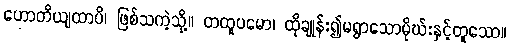
ဟောတိယျထာပိ၊ ဖြစ်သကဲ့သို့။ တထူပမော၊ ထိုချုန်း၍မရွာသောမိုဃ်းနှင့်တူသော။